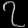
Digit: ၇